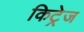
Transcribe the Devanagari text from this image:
किट्रेज